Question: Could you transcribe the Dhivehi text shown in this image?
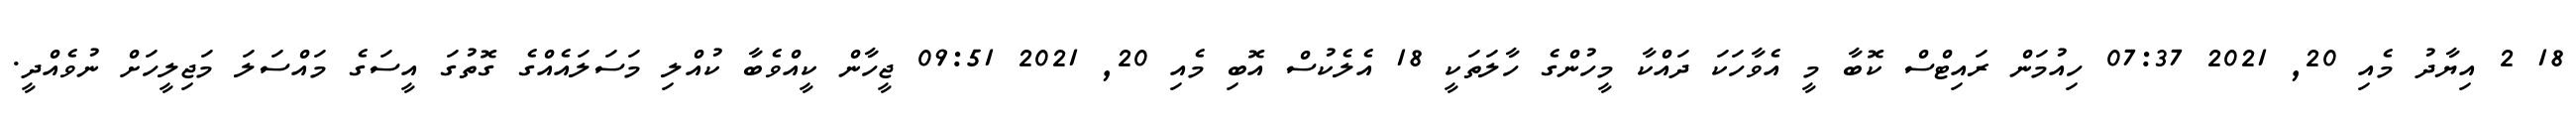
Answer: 18 2 އިޔާދު މެއި 20, 2021 07:37 ހިއުމަން ރައިޓްސް ކޮބާ މީ އެވާހަކަ ދައްކާ މީހުންގެ ހާލަތަކީ 18 އެލެކުސް އޮބި މެއި 20, 2021 09:51 ޖީހާން ކީއްވެބާ ކުއްލި މަސަލައެއްގެ ގޮތުގަ އީސަގެ މައްސަލަ މަޖިލީހަށް ނުވެއްދީ.